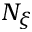
N _ { \xi }